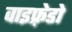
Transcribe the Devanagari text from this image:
वाइफ़्रेडो